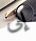
إلى